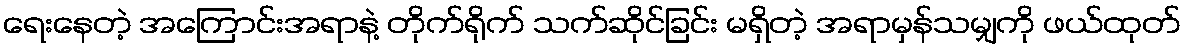
ရေးနေတဲ့ အကြောင်းအရာနဲ့ တိုက်ရိုက် သက်ဆိုင်ခြင်း မရှိတဲ့ အရာမှန်သမျှကို ဖယ်ထုတ်